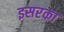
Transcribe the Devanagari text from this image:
इसरका